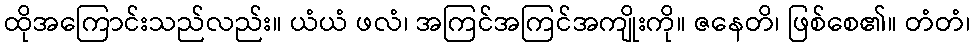
ထိုအကြောင်းသည်လည်း။ ယံယံ ဖလံ၊ အကြင်အကြင်အကျိုးကို။ ဇနေတိ၊ ဖြစ်စေ၏။ တံတံ၊